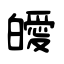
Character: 皧